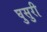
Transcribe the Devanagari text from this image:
घुसुरी